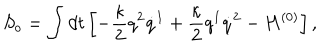
S _ { o } = \int d t \left[ - \frac { \kappa } { 2 } q ^ { 2 } \dot { q } ^ { 1 } + \frac { \kappa } { 2 } q ^ { 1 } \dot { q } ^ { 2 } - H ^ { ( 0 ) } \right] ,